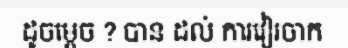
ដូចម្តេច ? បាន ដល់ ការវៀរចាក